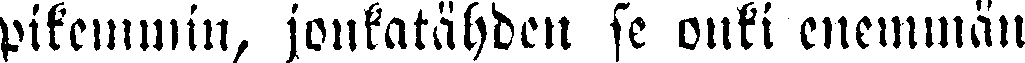
pikemmin, jonkatähden se onki enemmän